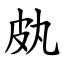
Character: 㿪